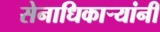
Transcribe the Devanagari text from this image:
सेनाधिकार्‍यांनी